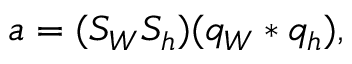
a = ( S _ { W } S _ { h } ) ( q _ { W } \ast q _ { h } ) ,